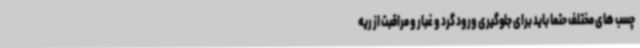
چسب های مختلف حتما باید برای جلوگیری ورود گرد و غبار و مراقبت از ریه